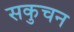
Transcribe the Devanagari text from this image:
सकुचन